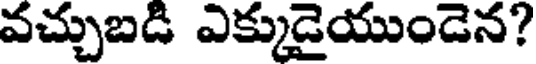
వచ్చుబడి ఎక్కుడైయుండెన?